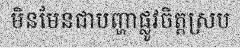
មិនមែនជាបញ្ហាផ្លូវចិត្តស្រប